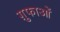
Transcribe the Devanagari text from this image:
ग़ुफाओं